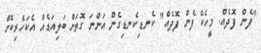
"ފެން ފޮދެއް. މީހެކޭ ފެން ފޮދެއް" ކެނޑިކެނޑިގެން އަންނަ ގޮތަށް ބަލިއަޑެއް އެކަހެރިކޮށް